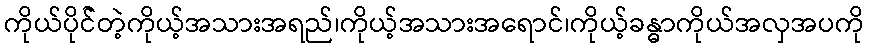
ကိုယ်ပိုင််တဲ့ကိုယ့်အသားအရည်၊ကိုယ့်အသားအရောင်၊ကိုယ့်ခန္ဓာကိုယ်အလှအပကို